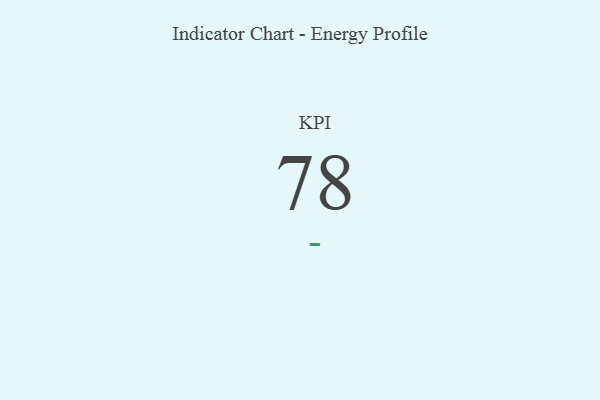
{"axis": {"x": "KPI", "y": "Value"}, "legend": [""], "data": [{"x": "KPI", "y": 78, "type": ""}]}